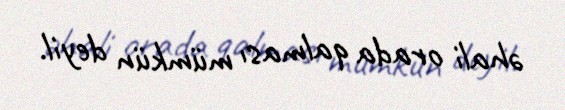
əhali orada qalması mümkün deyil.